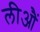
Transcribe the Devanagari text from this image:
लीआैं